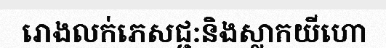
រោងលក់ភេសជ្ជ:និងស្លាកយីហោ